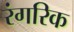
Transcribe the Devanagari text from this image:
रंगरिक